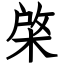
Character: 棨